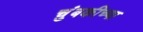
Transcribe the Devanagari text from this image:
चुंबकीच्या